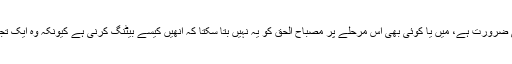
انھوں نے کہا کہ پاکستانی ٹیم جس مقام پر ہے اسے کوچنگ کی نہیں بلکہ معاملات آرگنائز کرنے کی ضرورت ہے، میں یا کوئی بھی اس مرحلے پر مصباح الحق کو یہ نہیں بتا سکتا کہ انھیں کیسے بیٹنگ کرنی ہے کیونکہ وہ ایک تجربہ کار بیٹسمین ہیں،کوچنگ کی اصل ضرورت 16 سے19 سال کی عمر کے کرکٹرز کو ہوتی ہے۔